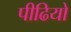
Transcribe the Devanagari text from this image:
पीढियो